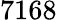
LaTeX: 7168